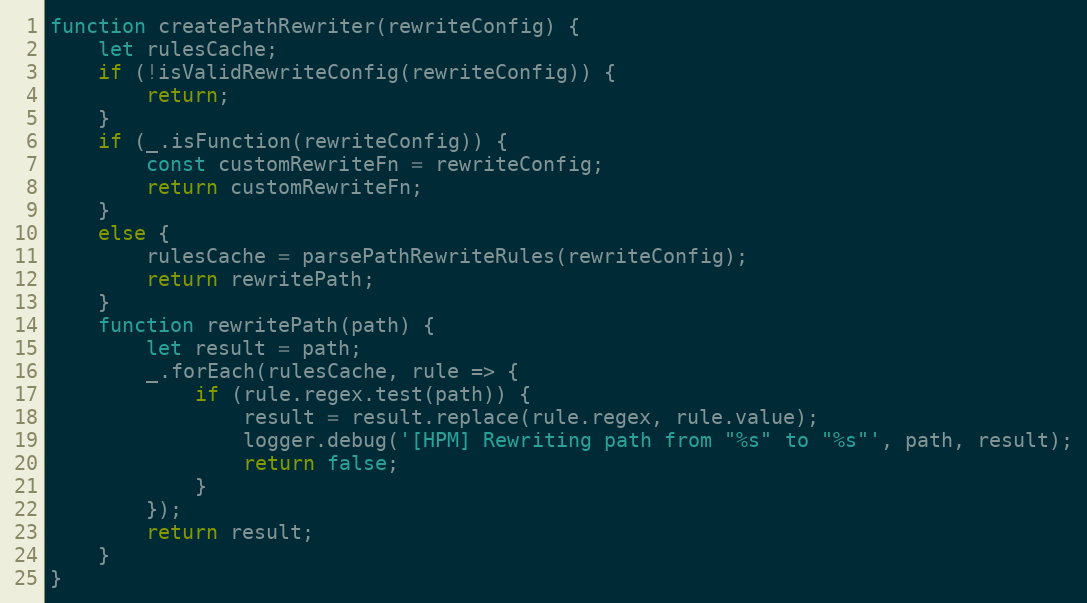
Language: JavaScript
function createPathRewriter(rewriteConfig) {
    let rulesCache;
    if (!isValidRewriteConfig(rewriteConfig)) {
        return;
    }
    if (_.isFunction(rewriteConfig)) {
        const customRewriteFn = rewriteConfig;
        return customRewriteFn;
    }
    else {
        rulesCache = parsePathRewriteRules(rewriteConfig);
        return rewritePath;
    }
    function rewritePath(path) {
        let result = path;
        _.forEach(rulesCache, rule => {
            if (rule.regex.test(path)) {
                result = result.replace(rule.regex, rule.value);
                logger.debug('[HPM] Rewriting path from "%s" to "%s"', path, result);
                return false;
            }
        });
        return result;
    }
}